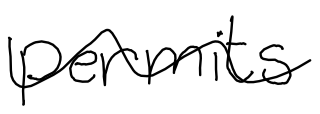
Text: permits
Cross-out: wave
Writing tool: digital_black